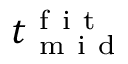
t _ { \mathrm { ~ m ~ i ~ d ~ } } ^ { \mathrm { ~ f ~ i ~ t ~ } }